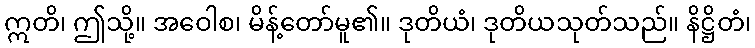
ဣတိ၊ ဤသို့။ အဝေါစ၊ မိန့်တော်မူ၏။ ဒုတိယံ၊ ဒုတိယသုတ်သည်။ နိဋ္ဌိတံ၊